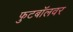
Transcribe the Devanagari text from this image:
फुटबॉलवर